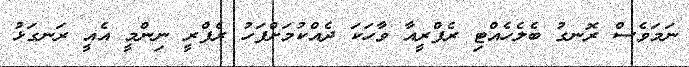
ނަމަވެސް ރޮނގު ބެލެހެއްޓި ރެފްރީއާ ވާހަކަ ދެއްކުމަށްފަހު ރެފްރީ ނިންމީ އެއީ ރަނގަޅު